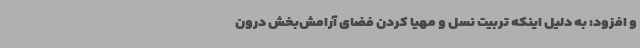
و افزود: به دلیل اینکه تربیت نسل و مهیا کردن فضای آرامش‌بخش درون